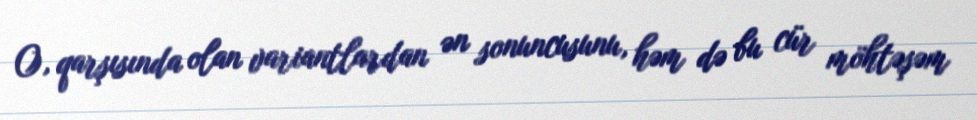
O, qarşısında olan variantlardan ən sonuncusunu, həm də bu cür möhtəşəm